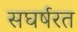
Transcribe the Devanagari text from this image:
सघर्षरत